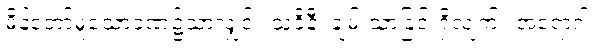
မိန့်တော်မူသောခဏ၌သာလျှင်။ သုခိနီ၊ ချမ်းသာခြင်းရှိလျက်။ အရောဂါ၊